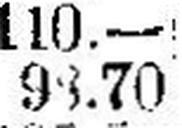
98.70